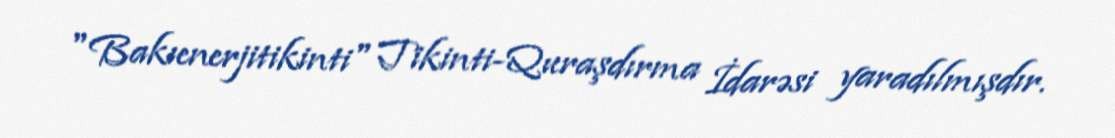
"Bakıenerjitikinti" Tikinti-Quraşdırma İdarəsi yaradılmışdır.